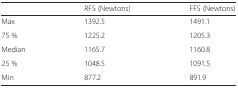
<table><thead><tr><td></td><td><b>RFS (Newtons)</b></td><td><b>FFS (Newtons)</b></td></tr></thead><tbody><tr><td>Max</td><td>1392.5</td><td>1491.1</td></tr><tr><td>75 %</td><td>1225.2</td><td>1205.3</td></tr><tr><td>Median</td><td>1165.7</td><td>1160.8</td></tr><tr><td>25 %</td><td>1048.5</td><td>1091.5</td></tr><tr><td>Min</td><td>877.2</td><td>891.9</td></tr></tbody></table>